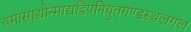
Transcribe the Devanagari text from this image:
यमासाद्योन्माद्यद्विपनियुतगण्डस्थलगल